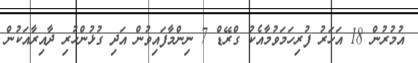
އުމުރުން 18 އަހަރު ފުރިހަމަވުމާއެކު ގްރޭޑް 7 ނިންމާފައިވުން އަދި ގުޅުންހުރި ދާއިރާއަކުން